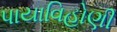
પાયાવિહોણી